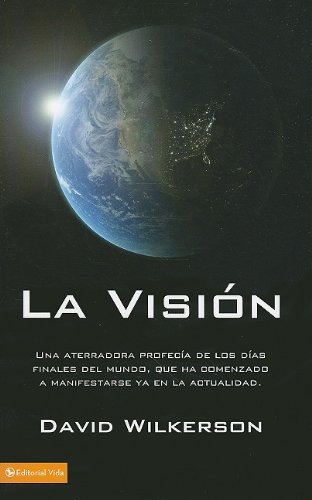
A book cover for La VisiÃ³n: Una aterradora profecÃ­a de los dÃ­as finales del mundo, que ha comenzado a manifestarse ya en la actualidad (Spanish Edition); David Wilkerson; Christian Books & Bibles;